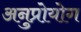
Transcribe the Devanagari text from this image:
अनुप्रोयोग